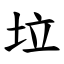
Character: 垃